Manual of the Civil Veterinary Department, Central Provinces and Berar
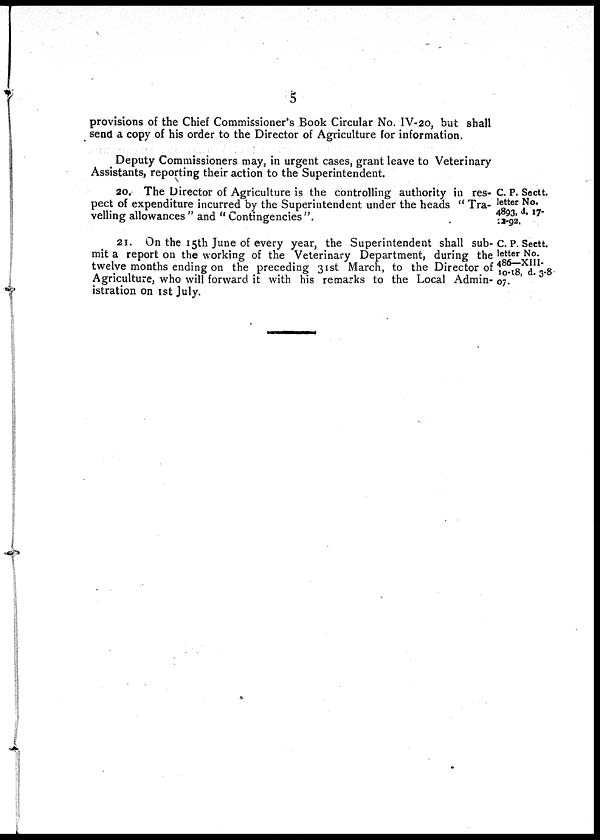
5
provisions of the Chief Commissioner's Book Circular No. IV-20, but shall
send a copy of his order to the Director of Agriculture for information.
Deputy Commissioners may, in urgent cases, grant leave to Veterinary
Assistants, reporting their action to the Superintendent.
C. P. Sectt.
letter No.
4893. d. 17-
12-92.
20. The Director of Agriculture is the controlling authority in res-
pect of expenditure incurred by the Superintendent under the heads "Tra-
velling allowances" and "Contingencies".
C. P. Sectt.
letter No.
486—XIII-
10-18, d. 3-8
07.
21. On the 15th June of every year, the Superintendent shall sub-
mit a report on the working of the Veterinary Department, during the
twelve months ending on the preceding 31st March, to the Director of
Agriculture, who will forward it with his remarks to the Local Admin-
istration on 1st July.